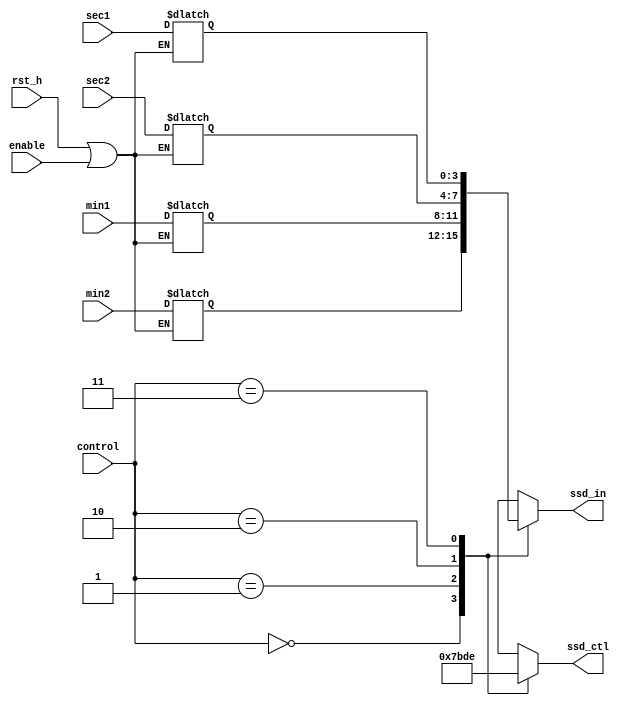
module scan(ssd_ctl, ssd_in, sec1, sec2, min1, min2, control, enable, rst_h);
    output reg [3:0] ssd_in;
    output reg [3:0] ssd_ctl;
    input [3:0]sec1;
    input [3:0]sec2;
    input [3:0]min1;
    input [3:0]min2;
    input [1:0] control;
    input enable;
    input rst_h;
    
    reg [3:0] cnt1;
    reg [3:0] cnt2;
    reg [3:0] cnt3;
    reg [3:0] cnt4; 
    
    always@* 
        if (rst_h || enable) begin 
            cnt1 = sec1;
            cnt2 = sec2;
            cnt3 = min1;
            cnt4 = min2;  
        end
        else begin
            cnt1 = cnt1;
            cnt2 = cnt2;
            cnt3 = cnt3;
            cnt4 = cnt4;  
        end
    always@*
        case(control)
              2'b00:
                  begin
                      ssd_ctl = 4'b0111;
                      ssd_in = cnt4;
                  end
              2'b01:
                  begin
                      ssd_ctl = 4'b1011;
                      ssd_in = cnt3;
                  end
              2'b10:
                  begin
                      ssd_ctl = 4'b1101;
                      ssd_in = cnt2;
                  end
              2'b11:
                  begin
                      ssd_ctl = 4'b1110;
                      ssd_in = cnt1;
                  end
              default:
                  begin
                      ssd_ctl = 4'b0000;
                      ssd_in = 4'b0000;
                  end
      endcase
      
 endmodule